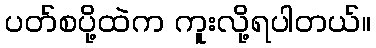
ပတ်စပို့ထဲက ကူးလို့ရပါတယ်။